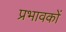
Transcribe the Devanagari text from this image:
प्रभावकों